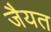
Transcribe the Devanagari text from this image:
जैयत